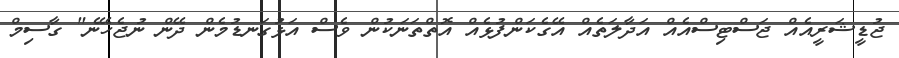
ޖުޑީޝަރީއެއް ޖަސްޓިސްއެއް އަދާލަތެއް އޭގެކަންފުޅެއް އޮތްތަނަކުން ވެސް އަޅުގަނޑުމެން ދޭން ނުޖެހޭނެ" ގާސިމް